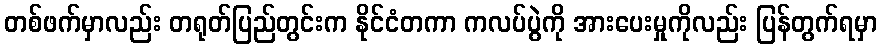
တစ်ဖက်မှာလည်း တရုတ်ပြည်တွင်းက နိုင်ငံတကာ ကလပ်ပွဲကို အားပေးမှုကိုလည်း ပြန်တွက်ရမှာ